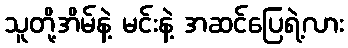
သူတို့အိမ်နဲ့ မင်းနဲ့ အဆင်ပြေရဲ့လား